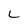
Character: L